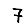
Digit: 7